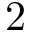
2